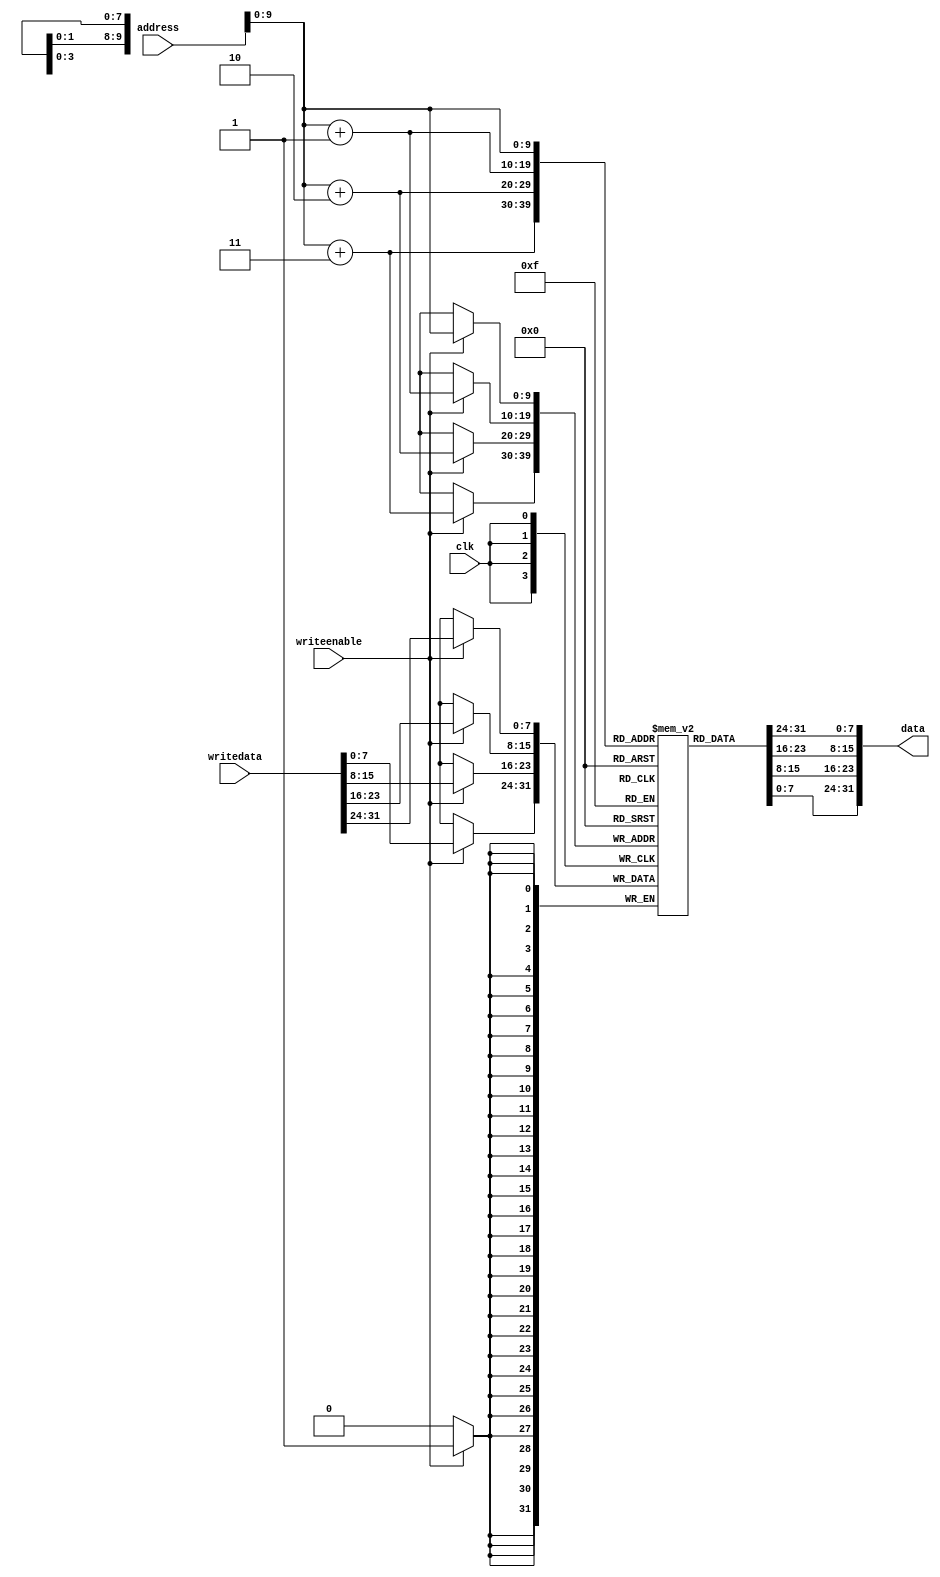
module dataMem(data, address, writedata, writeenable, clk);

input [31:0] address, writedata;
input writeenable, clk;
output [31:0] data;
reg [7:0] datamem[1023:0];
reg [31:0] temp;

buf #1000 buf0(data[0],temp[0]),
	 	buf1(data[1],temp[1]),
	 	buf2(data[2],temp[2]),
	 	buf3(data[3],temp[3]),
	 	buf4(data[4],temp[4]),
	 	buf5(data[5],temp[5]),
	 	buf6(data[6],temp[6]),
	 	buf7(data[7],temp[7]),
	 	buf8(data[8],temp[8]),
	 	buf9(data[9],temp[9]),
	 	buf10(data[10],temp[10]),
	 	buf11(data[11],temp[11]),
	 	buf12(data[12],temp[12]),
	 	buf13(data[13],temp[13]),
	 	buf14(data[14],temp[14]),
	 	buf15(data[15],temp[15]),
	 	buf16(data[16],temp[16]),
	 	buf17(data[17],temp[17]),
	 	buf18(data[18],temp[18]),
	 	buf19(data[19],temp[19]),
	 	buf20(data[20],temp[20]),
	 	buf21(data[21],temp[21]),
	 	buf22(data[22],temp[22]),
	 	buf23(data[23],temp[23]),
	 	buf24(data[24],temp[24]),
	 	buf25(data[25],temp[25]),
	 	buf26(data[26],temp[26]),
	 	buf27(data[27],temp[27]),
	 	buf28(data[28],temp[28]),
	 	buf29(data[29],temp[29]),
	 	buf30(data[30],temp[30]),
	 	buf31(data[31],temp[31]);

always @(posedge clk)
	if (writeenable)
	begin
		datamem[address]=writedata[31:24];
		datamem[address+1]=writedata[23:16];
		datamem[address+2]=writedata[15:8];
		datamem[address+3]=writedata[7:0];
	end

always @(address or datamem[address] or datamem[address+1] or datamem[address+2] or datamem[address+3])
begin
	temp={datamem[address],datamem[address+1],datamem[address+2],datamem[address+3]};
end

// initial
// begin
//	$readmemh("data.dat", datamem);
// end

endmodule

/*
module mem_stimulous();

reg [31:0] addr, writedat;
wire [31:0] data;
reg we;
reg clk;
integer i;

dataMem datamemory(data, addr, writedat, we, clk);

initial clk = 0;
always #5000 clk = ~clk;

initial
begin
	$monitor($time, " Mem Address=%h data=%h write data=%h we=%b", addr, data, writedat, we);
	we=0;
	addr=32'd0;
	for(i=0;i<7;i=i+1)
	begin
		addr=i*4;
		#10000;
	end

	for(i=0;i<7;i=i+1)
	begin
		addr=i*4;
		#10000;
		writedat=i*32'h101;
		we=1;
		#10000;
		we=0;
	end

	for(i=0;i<7;i=i+1)
	begin
		addr=i*4;
		#10000;
	end
	$finish;
end

endmodule
*/